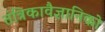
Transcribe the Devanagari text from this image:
तंत्रिकावैज्ञानिको